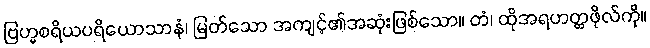
ဗြဟ္မစရိယပရိယောသာနံ၊ မြတ်သော အကျင့်၏အဆုံးဖြစ်သော။ တံ၊ ထိုအရဟတ္တဖိုလ်ကို။